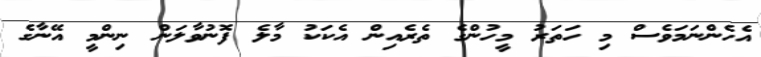
އެހެންނަމަވެސް މި ހަތަރު މީހުންގެ ތެރެއިން އެކަކު މާލެ ފޮނުވާލަން ނިންމީ އޭނާގެ